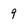
Character: 9